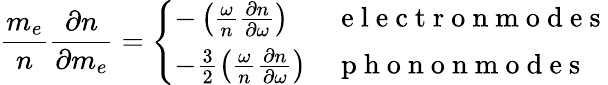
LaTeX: \frac{m_{e}}{n}\frac{\partial n}{\partial m_{e}}=\left\{ \begin{array}{ll}{-\left(\frac{\omega}{n}\frac{\partial n}{\partial\omega}\right)}&{\mathrm{~e~l~e~c~t~r~o~n~m~o~d~e~s~}}\\ {-\frac{3}{2}\left(\frac{\omega}{n}\frac{\partial n}{\partial\omega}\right)}&{\mathrm{~p~h~o~n~o~n~m~o~d~e~s~}}\end{array}\right.